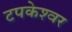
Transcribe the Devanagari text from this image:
टपकेश्‍वर